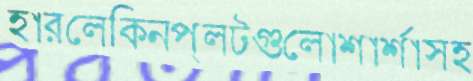
হারলেকিনপ্লটগুলোশার্শাসহ